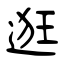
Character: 逛